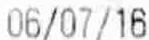
06/07/16